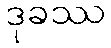
ဒုခဿ